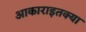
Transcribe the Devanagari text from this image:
आकाराइतक्या